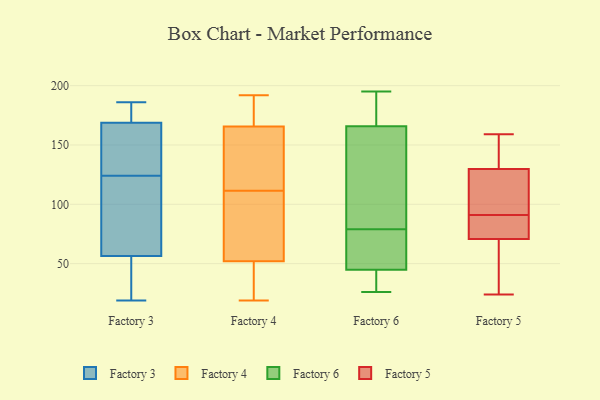
{"axis": {"x": "Production Output", "y": "Value"}, "legend": ["Factory 3", "Factory 4", "Factory 5", "Factory 6"], "data": [{"x": "", "y": 36, "type": "Factory 3"}, {"x": "", "y": 19, "type": "Factory 3"}, {"x": "", "y": 165, "type": "Factory 3"}, {"x": "", "y": 181, "type": "Factory 3"}, {"x": "", "y": 73, "type": "Factory 3"}, {"x": "", "y": 186, "type": "Factory 3"}, {"x": "", "y": 170, "type": "Factory 3"}, {"x": "", "y": 163, "type": "Factory 3"}, {"x": "", "y": 124, "type": "Factory 3"}, {"x": "", "y": 78, "type": "Factory 3"}, {"x": "", "y": 51, "type": "Factory 3"}, {"x": "", "y": 32, "type": "Factory 4"}, {"x": "", "y": 19, "type": "Factory 4"}, {"x": "", "y": 34, "type": "Factory 4"}, {"x": "", "y": 67, "type": "Factory 4"}, {"x": "", "y": 31, "type": "Factory 4"}, {"x": "", "y": 160, "type": "Factory 4"}, {"x": "", "y": 110, "type": "Factory 4"}, {"x": "", "y": 156, "type": "Factory 4"}, {"x": "", "y": 110, "type": "Factory 4"}, {"x": "", "y": 175, "type": "Factory 4"}, {"x": "", "y": 171, "type": "Factory 4"}, {"x": "", "y": 139, "type": "Factory 4"}, {"x": "", "y": 97, "type": "Factory 4"}, {"x": "", "y": 189, "type": "Factory 4"}, {"x": "", "y": 192, "type": "Factory 4"}, {"x": "", "y": 90, "type": "Factory 4"}, {"x": "", "y": 178, "type": "Factory 4"}, {"x": "", "y": 118, "type": "Factory 4"}, {"x": "", "y": 37, "type": "Factory 4"}, {"x": "", "y": 113, "type": "Factory 4"}, {"x": "", "y": 61, "type": "Factory 6"}, {"x": "", "y": 195, "type": "Factory 6"}, {"x": "", "y": 194, "type": "Factory 6"}, {"x": "", "y": 43, "type": "Factory 6"}, {"x": "", "y": 26, "type": "Factory 6"}, {"x": "", "y": 79, "type": "Factory 6"}, {"x": "", "y": 171, "type": "Factory 6"}, {"x": "", "y": 124, "type": "Factory 6"}, {"x": "", "y": 26, "type": "Factory 6"}, {"x": "", "y": 162, "type": "Factory 6"}, {"x": "", "y": 41, "type": "Factory 6"}, {"x": "", "y": 60, "type": "Factory 6"}, {"x": "", "y": 50, "type": "Factory 6"}, {"x": "", "y": 130, "type": "Factory 6"}, {"x": "", "y": 167, "type": "Factory 6"}, {"x": "", "y": 79, "type": "Factory 5"}, {"x": "", "y": 91, "type": "Factory 5"}, {"x": "", "y": 90, "type": "Factory 5"}, {"x": "", "y": 24, "type": "Factory 5"}, {"x": "", "y": 129, "type": "Factory 5"}, {"x": "", "y": 130, "type": "Factory 5"}, {"x": "", "y": 131, "type": "Factory 5"}, {"x": "", "y": 111, "type": "Factory 5"}, {"x": "", "y": 59, "type": "Factory 5"}, {"x": "", "y": 159, "type": "Factory 5"}, {"x": "", "y": 68, "type": "Factory 5"}]}